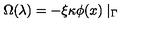
\Omega ( \lambda ) = - \xi \kappa \phi ( x ) \mid _ { \Gamma }